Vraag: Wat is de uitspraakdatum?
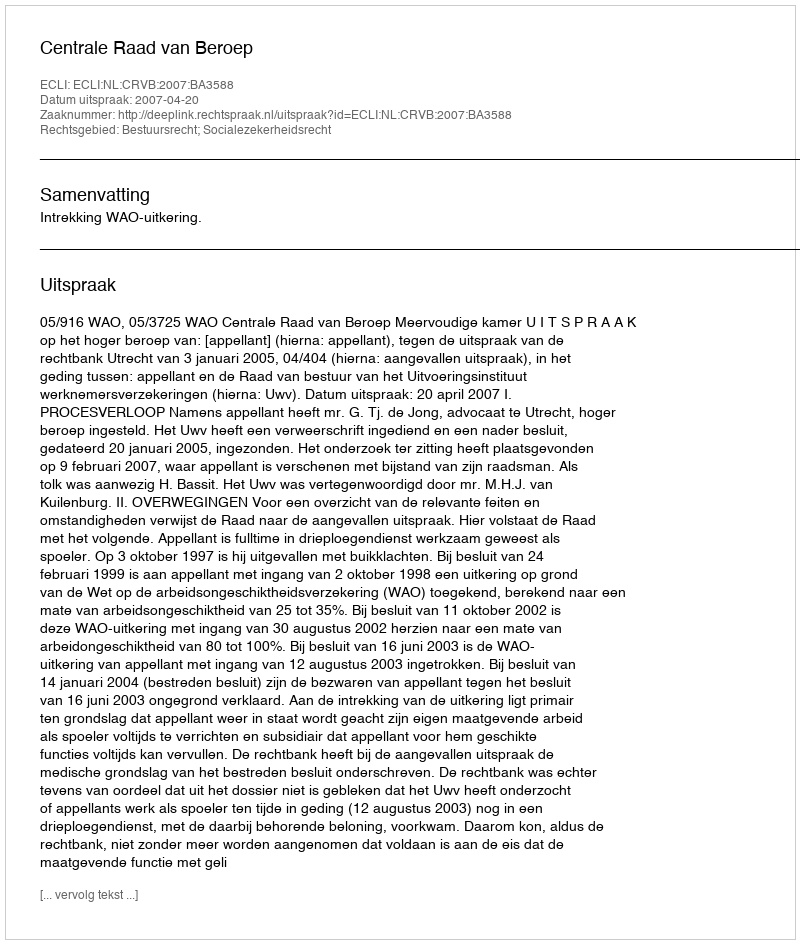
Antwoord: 2007-04-20